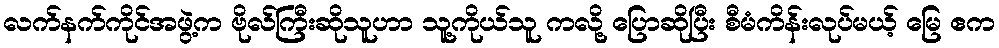
လက်နက်ကိုင်အဖွဲ့က ဗိုလ်ကြီးဆိုသူဟာ သူ့ကိုယ်သူ ကလို့ ပြောဆိုပြီး စီမံကိန်းလုပ်မယ့် မြေ ဧက